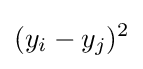
(y_{i}-y_{j})^{2}